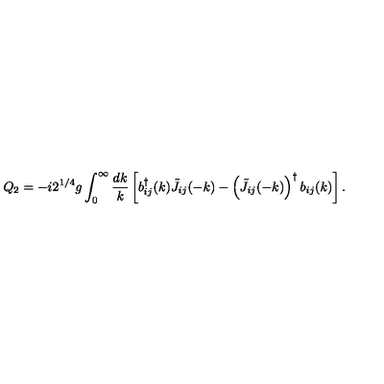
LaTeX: Q _ { 2 } = - i 2 ^ { 1 / 4 } g \int _ { 0 } ^ { \infty } { \frac { d k } { k } } \left[ b _ { i j } ^ { \dagger } ( k ) \tilde { J } _ { i j } ( - k ) - \left( \tilde { J } _ { i j } ( - k ) \right) ^ { \dagger } b _ { i j } ( k ) \right] .